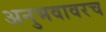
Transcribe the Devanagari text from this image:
अनुभवावरच